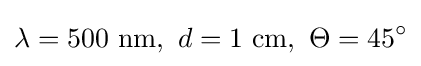
\lambda =500{\text{ nm}},\ d=1{\text{ cm}},\ \Theta =45^{\circ }